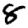
Digit: 8